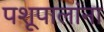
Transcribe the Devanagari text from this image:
पशूपालांना